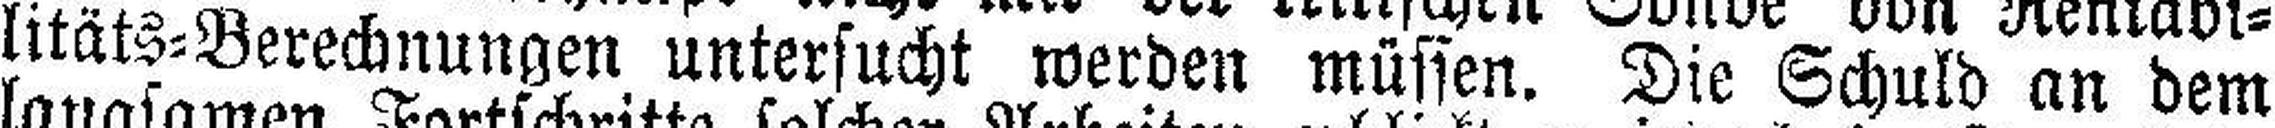
litäts=Berechnungen untersucht werden müssen. Die Schuld an dem